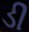
ડી